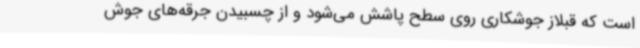
است که قبلاز جوشکاری روی سطح پاشش می‌شود و از چسبیدن جرقه‌های جوش